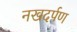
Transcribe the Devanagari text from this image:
नखदर्पण